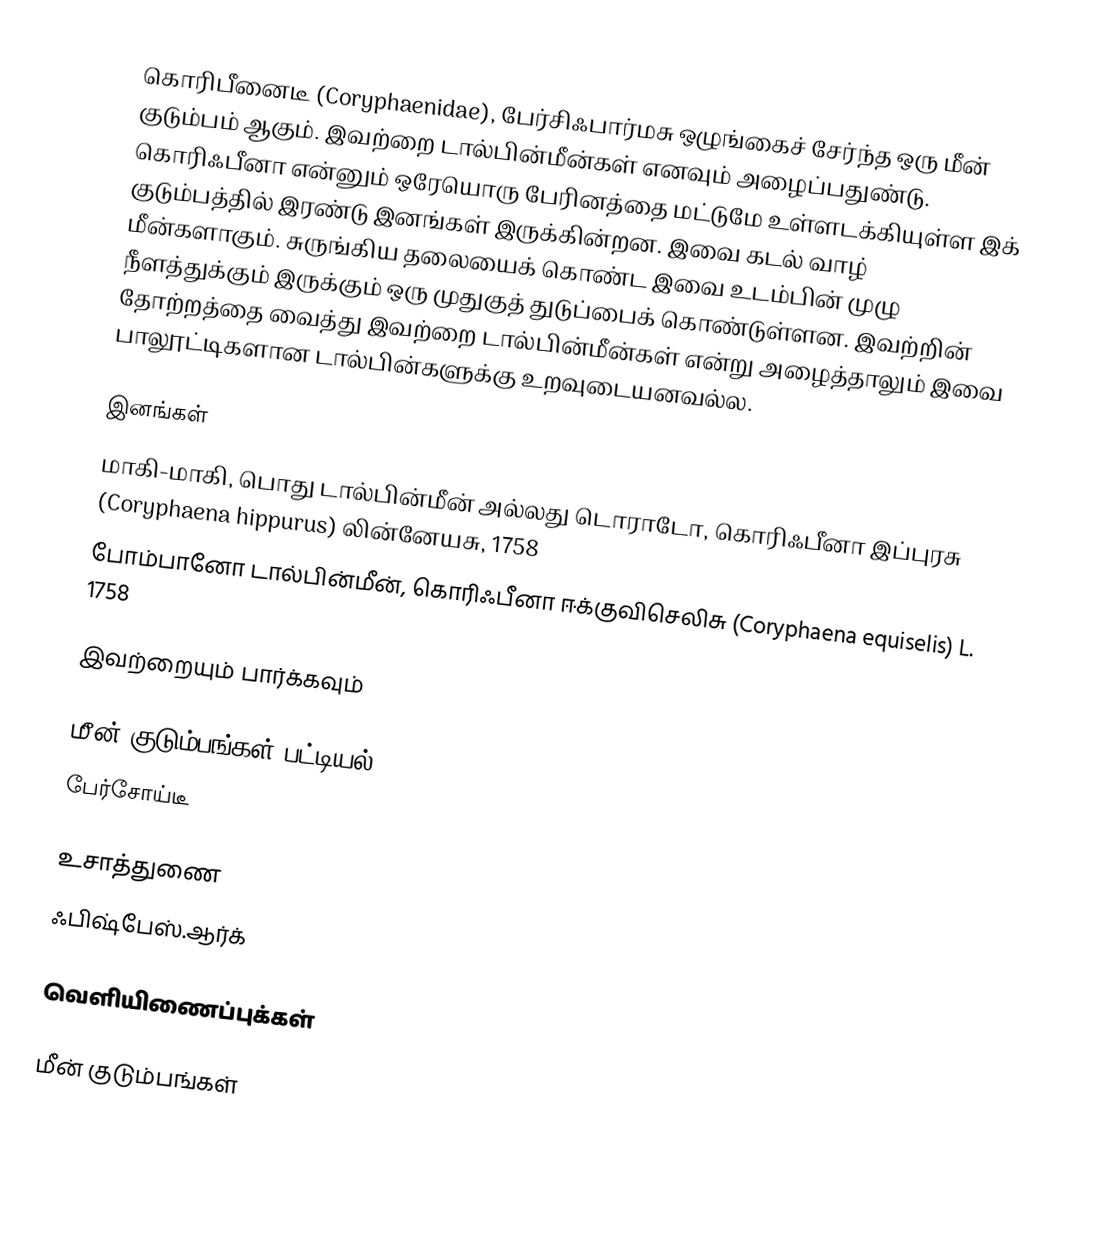
கொரிபீனைடீ (Coryphaenidae), பேர்சிஃபார்மசு ஒழுங்கைச் சேர்ந்த ஒரு மீன் குடும்பம் ஆகும். இவற்றை டால்பின்மீன்கள் எனவும் அழைப்பதுண்டு. கொரிஃபீனா என்னும் ஒரேயொரு பேரினத்தை மட்டுமே உள்ளடக்கியுள்ள இக் குடும்பத்தில் இரண்டு இனங்கள் இருக்கின்றன. இவை கடல் வாழ் மீன்களாகும். சுருங்கிய தலையைக் கொண்ட இவை உடம்பின் முழு நீளத்துக்கும் இருக்கும் ஒரு முதுகுத் துடுப்பைக் கொண்டுள்ளன. இவற்றின் தோற்றத்தை வைத்து இவற்றை டால்பின்மீன்கள் என்று அழைத்தாலும் இவை பாலூட்டிகளான டால்பின்களுக்கு உறவுடையனவல்ல.

இனங்கள்
 மாகி-மாகி, பொது டால்பின்மீன் அல்லது டொராடோ, கொரிஃபீனா இப்புரசு (Coryphaena hippurus) லின்னேயசு, 1758
 போம்பானோ டால்பின்மீன், கொரிஃபீனா ஈக்குவிசெலிசு (Coryphaena equiselis)  L. 1758

இவற்றையும் பார்க்கவும்

 மீன் குடும்பங்கள் பட்டியல்
 பேர்சோய்டீ

உசாத்துணை
 ஃபிஷ்பேஸ்.ஆர்க்

வெளியிணைப்புக்கள்

மீன் குடும்பங்கள்